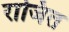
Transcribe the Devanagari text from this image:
राजित